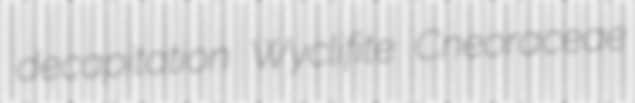
decapitation Wyclifite Cneoraceae